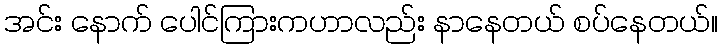
အင်း နောက် ပေါင်ကြားကဟာလည်း နာနေတယ် စပ်နေတယ်။